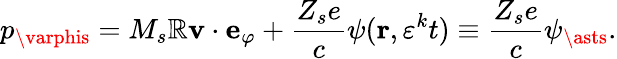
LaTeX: p_{\varphis}=M_{s}\mathbb{R}\mathbf{{v}}\cdot\mathbf{{e}}_{\varphi}+\frac{{Z_{s}e}}{{c}}\psi(\mathbf{{r}},\varepsilon^{k}t)\equiv\frac{{Z_{s}e}}{{c}}\psi_{\asts}.